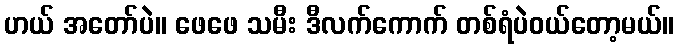
ဟယ် အတော်ပဲ။ ဖေဖေ သမီး ဒီလက်ကောက် တစ်ရံပဲဝယ်တော့မယ်။